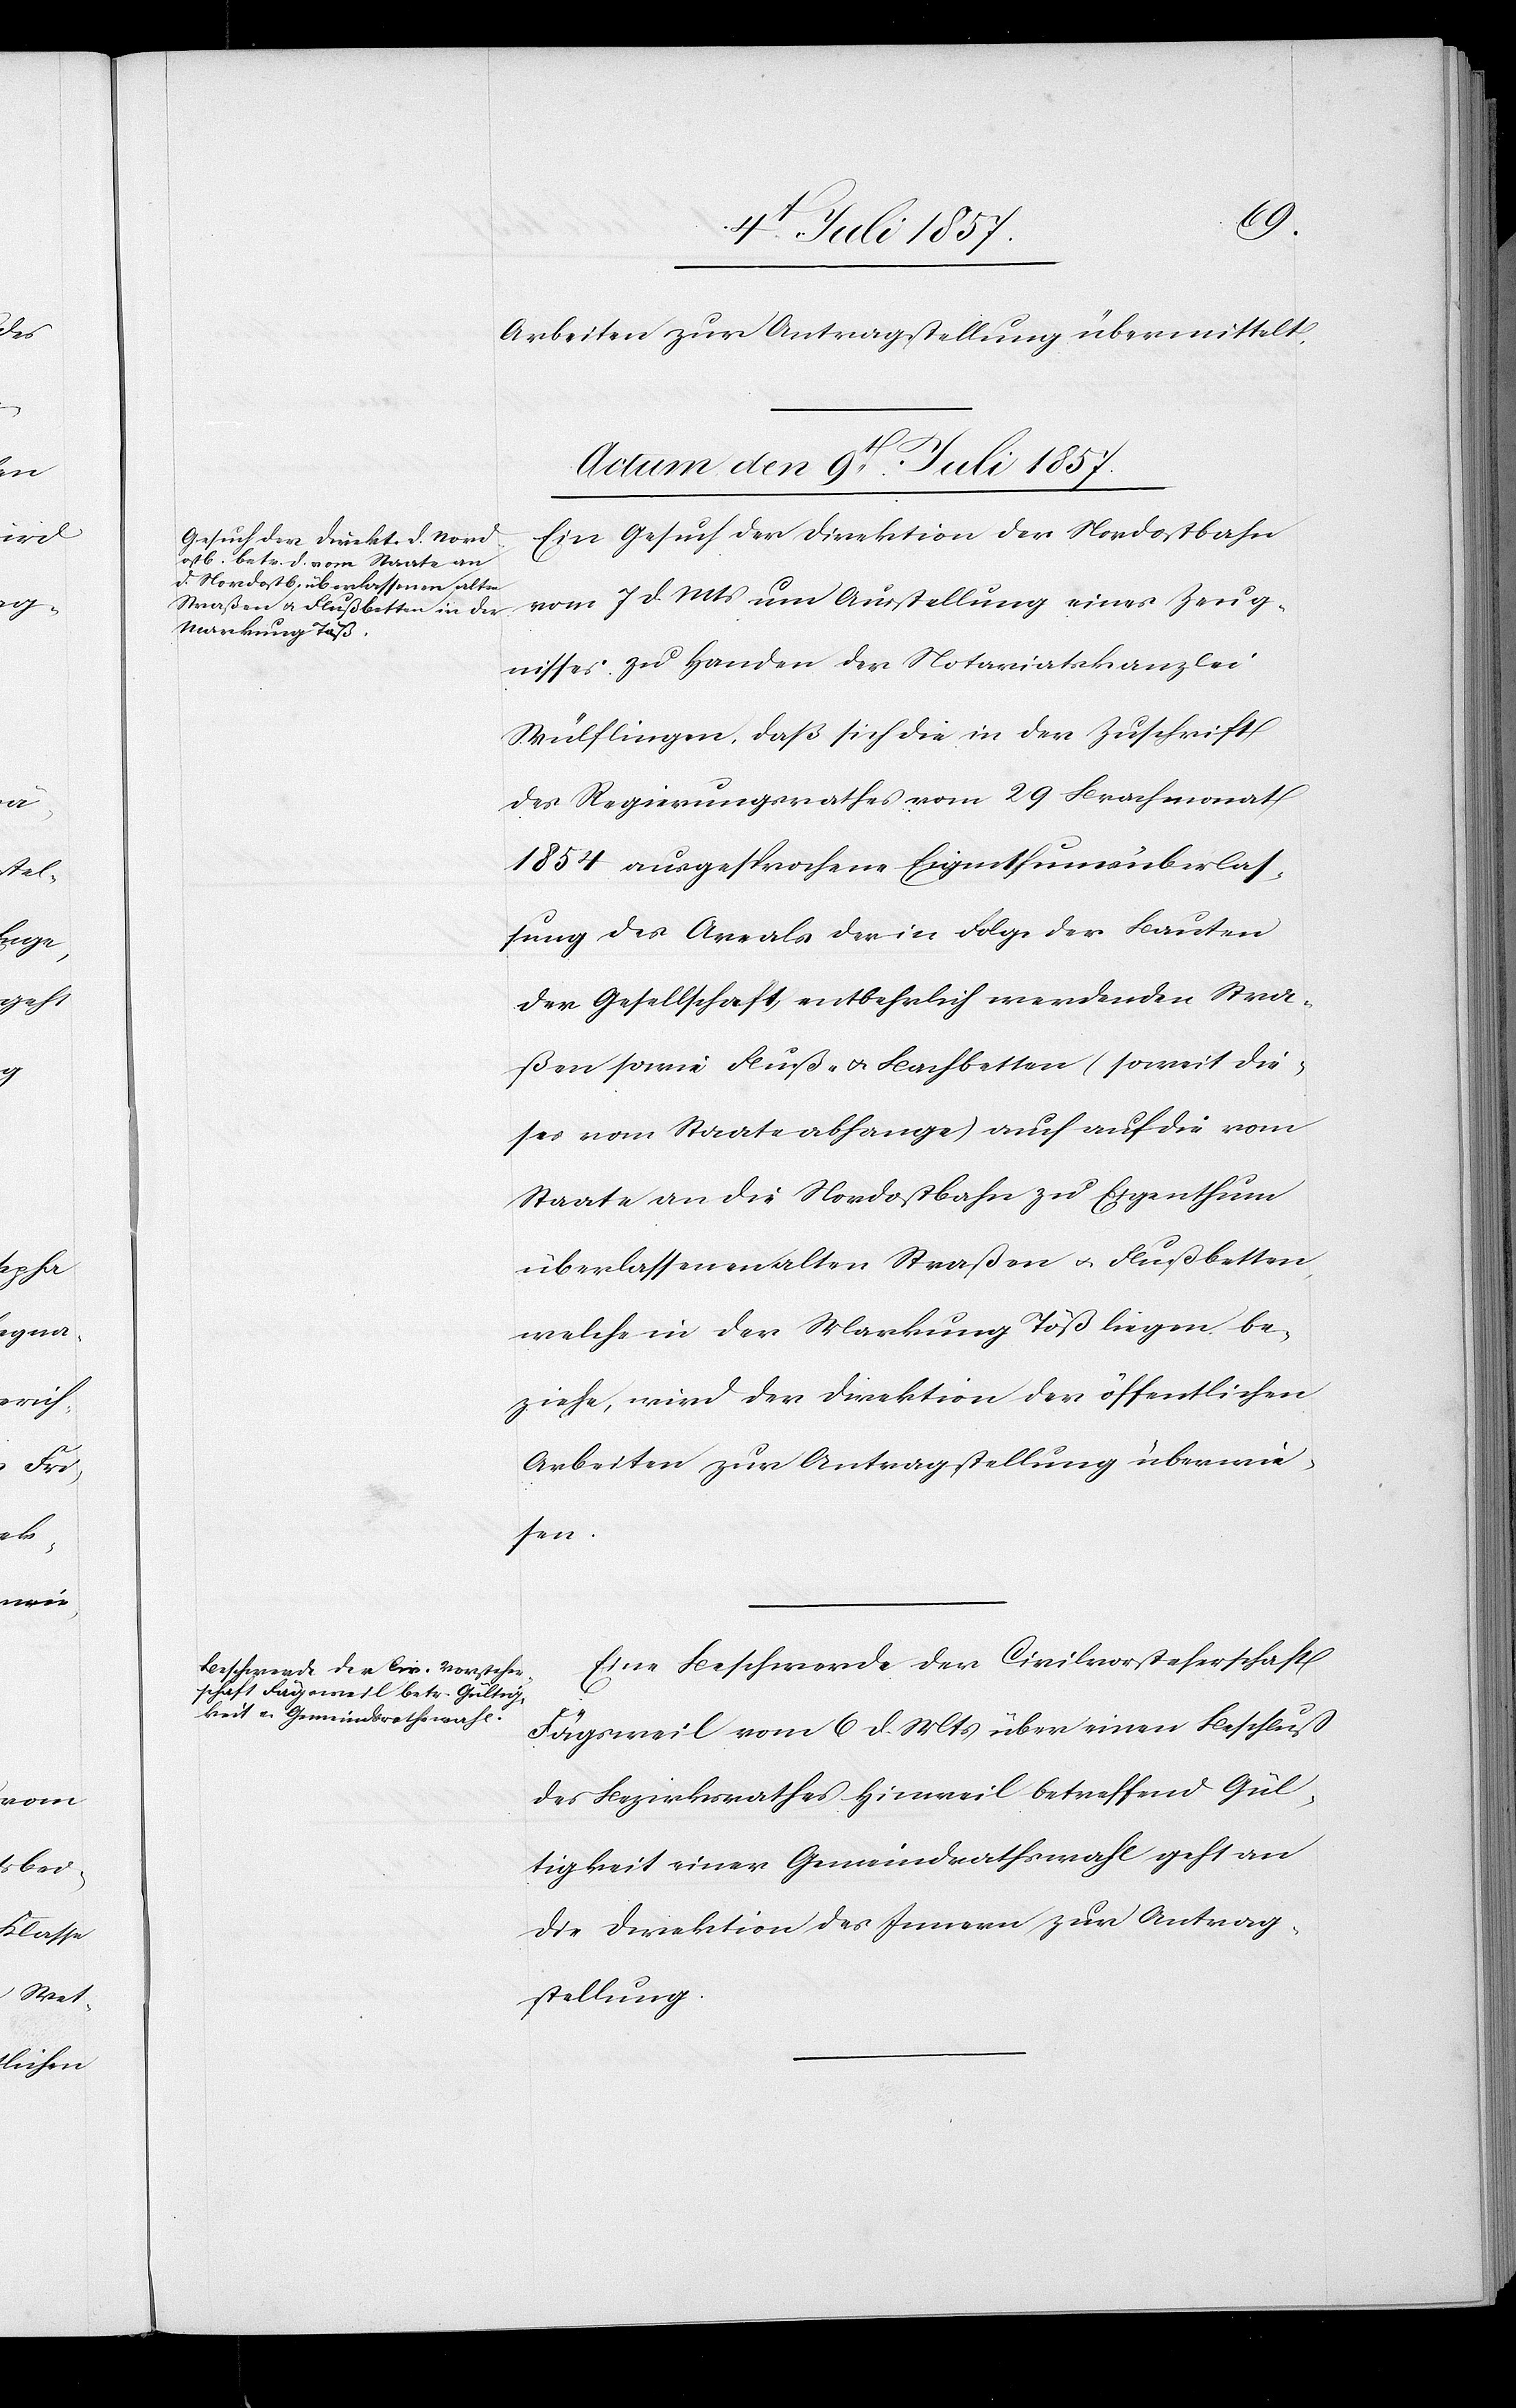
Arbeiten zur Antragstellung übermittelt.
Actum den 9t Juli 1857.]
Ein Gesuch der Direktion der Nordostbahn
vom 7 d. Mts. um Ausstellung eines Zeug¬
nisses zu Handen der Notariatskanzlei
Wülflingen, daß sich die in der Zuschrift
des Regierungsrathes vom 29 Brachmonat
1854 ausgesprochene Eigenthumsüberlas¬
sung des Areals der in Folge der Bauten
der Gesellschaft entbehrlich werdenden Stra¬
ßen sowie Fluß- & Bachbetten (soweit die¬
ses vom Staate abhange) auch auf die vom
Staate an die Nordostbahn zu Eigenthum
überlassenen alten Straßen & Flußbetten,
welche in der Markung Töß liegen be¬
ziehe, wird der Direktion der öffentlichen
Arbeiten zur Antragstellung überwie¬
sen.
Eine Beschwerde der Civilvorsteherschaft
Fägsweil vom 6 d. Mts. über einen Beschluß
des Bezirksrathes Hinweil betreffend Gül¬
tigkeit einer Gemeindrathswahl geht an
die Direktion des Innern zur Antrag¬
stellung.